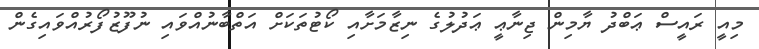
މިއީ ރައީސް ޢަބްދު ޔާމިން ޖިނާޢީ ޢަދުލުގެ ނިޒާމަށާއި ކޯޓުތަކަށް އަތްބާނުއްވައި ނުފޫޒުފޯރުއްވައިގެން